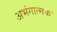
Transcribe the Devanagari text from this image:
अभंगात्मक